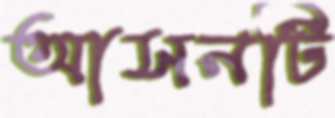
আসনটি